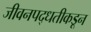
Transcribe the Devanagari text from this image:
जीवनपद्धतीकडून